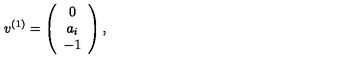
v ^ { ( 1 ) } = \left( \begin{array} { c c c } { 0 } \\ { a _ { i } } \\ { - 1 } \\ \end{array} \right) ,